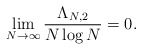
\begin{align*}\lim_{N\rightarrow\infty}\frac{\Lambda_{N,2}}{N\log N}=0.\end{align*}